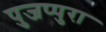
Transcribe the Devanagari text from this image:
पुजप्पुरा